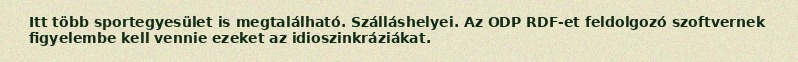
Itt több sportegyesület is megtalálható. Szálláshelyei. Az ODP RDF-et feldolgozó szoftvernek figyelembe kell vennie ezeket az idioszinkráziákat.